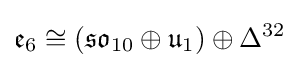
{\mathfrak {e}}_{6}\cong ({\mathfrak {so}}_{10}\oplus {\mathfrak {u}}_{1})\oplus \Delta ^{32}